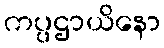
ကပ္ပဌာယိနော